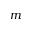
m